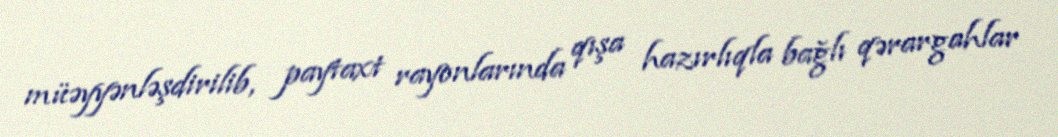
müəyyənləşdirilib, paytaxt rayonlarında qışa hazırlıqla bağlı qərargahlar